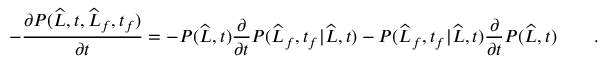
- \frac { \partial P ( \widehat { L } , t , \widehat { L } _ { f } , t _ { f } ) } { \partial t } = - P ( \widehat { L } , t ) \frac { \partial } { \partial t } P ( \widehat { L } _ { f } , t _ { f } | \widehat { L } , t ) - P ( \widehat { L } _ { f } , t _ { f } | \widehat { L } , t ) \frac { \partial } { \partial t } P ( \widehat { L } , t ) \qquad .